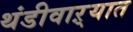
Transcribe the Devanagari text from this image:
थंडीवाऱ्यात